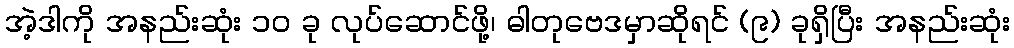
အဲ့ဒါကို အနည်းဆုံး ၁၀ ခု လုပ်ဆောင်ဖို့၊ ဓါတုဗေဒမှာဆိုရင် (၉) ခုရှိပြီး အနည်းဆုံး